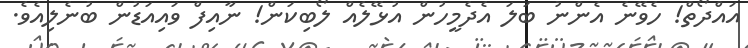
އައްދޯތް! ހެވޭނެ އެންނު ބަލަ އެދެމީހުން އުޅޭލެއް ލޯބިކަން! ނާއިފް ވައިއަޑުން ބުނެލިއެވެ.